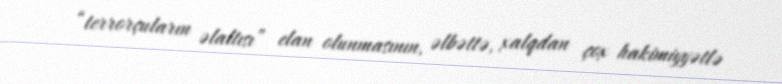
“terrorçuların əlaltısı” elan olunmasının, əlbəttə, xalqdan çox hakimiyyətlə